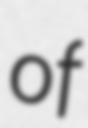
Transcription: of